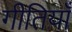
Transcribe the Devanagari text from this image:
गीतियाँ